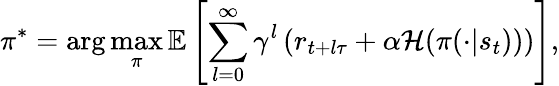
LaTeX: \pi^{*}=\arg\operatorname*{max}_{\pi}\mathbb{E}\left[\sum_{l=0}^{\infty}\gamma^{l}\left(r_{t+l\tau}+\alpha\mathcal{H}(\pi(\cdot|s_{t}))\right)\right],